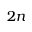
2 n